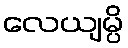
လေယျမ္ပိ